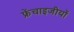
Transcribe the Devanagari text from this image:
फ्रेंचाइजीयों